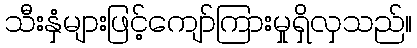
သီးနှံများဖြင့်ကျော်ကြားမှုရှိလှသည်။